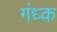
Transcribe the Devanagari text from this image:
गंध्क